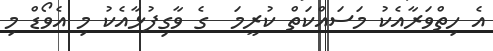
އެ ހިތްވަރާއެކު މަސައްކަތް ކުރީމަ  ގެ ވާގިފުޅާއެކު މި އެވޯޑް މި